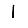
Digit: 1